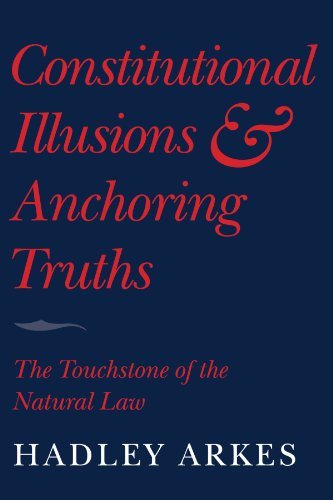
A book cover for Constitutional Illusions and Anchoring Truths: The Touchstone of the Natural Law; Hadley Arkes; Law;